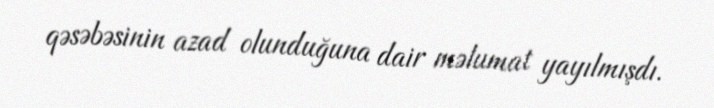
qəsəbəsinin azad olunduğuna dair məlumat yayılmışdı.